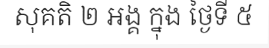
សុគតិ ២ អង្គ ក្នុង ថ្ងៃទី ៥